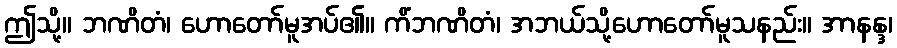
ဤသို့။ ဘဏိတံ၊ ဟောတော်မူအပ်၏။ ကိံဘဏိတံ၊ အဘယ်သို့ဟောတော်မူသနည်း။ အာနန္ဒ၊